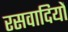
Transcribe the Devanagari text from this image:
रसवादियों